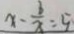
x - \frac { b } { x } = 5